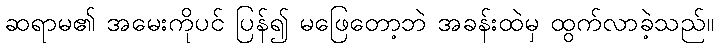
ဆရာမ၏ အမေးကိုပင် ပြန်၍ မဖြေတော့ဘဲ အခန်းထဲမှ ထွက်လာခဲ့သည်။